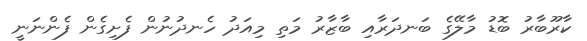
ކާރޫބާރު ބޮޑު މާލޭގެ ބަނދަރާއި ބާޒާރު މަތި މިއަދު ހެނދުނުން ފެށިގެން ފެންނަނީ